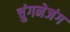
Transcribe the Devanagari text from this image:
चुंगनेजंग